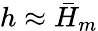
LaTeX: h\approx\bar{H}_{m}